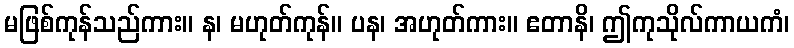
မဖြစ်ကုန်သည်ကား။ န၊ မဟုတ်ကုန်။ ပန၊ အဟုတ်ကား။ ဧတာနိ၊ ဤကုသိုလ်ကာယကံ၊